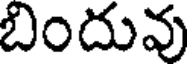
బిందువు